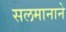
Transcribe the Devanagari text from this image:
सलमानाने